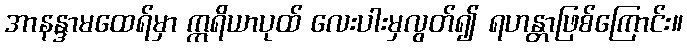
အာနန္ဒာမထေရ်မှာ ဣရိယာပုထ် လေးပါးမှလွတ်၍ ရဟန္တာဖြစ်ကြောင်း။